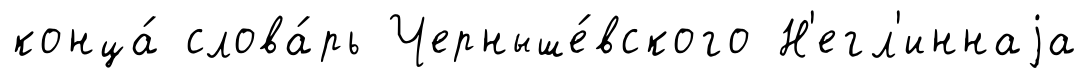
конца́ слова́рь Черныше́вского Н'егл'иннаjа